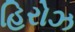
હિરોઝ